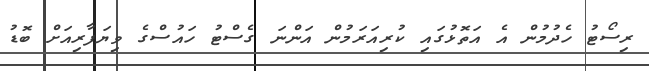
ރިސޯޓު ހެދުމުން އެ އަތޮޅުގައި ކުރިއަރަމުން އަންނަ ގެސްޓު ހައުސްގެ ވިޔަފާރިއަށް ބޮޑު